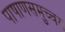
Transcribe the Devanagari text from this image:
पाषाणसमुच्चय